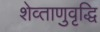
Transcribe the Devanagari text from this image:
शेव्ताणुवृद्धि